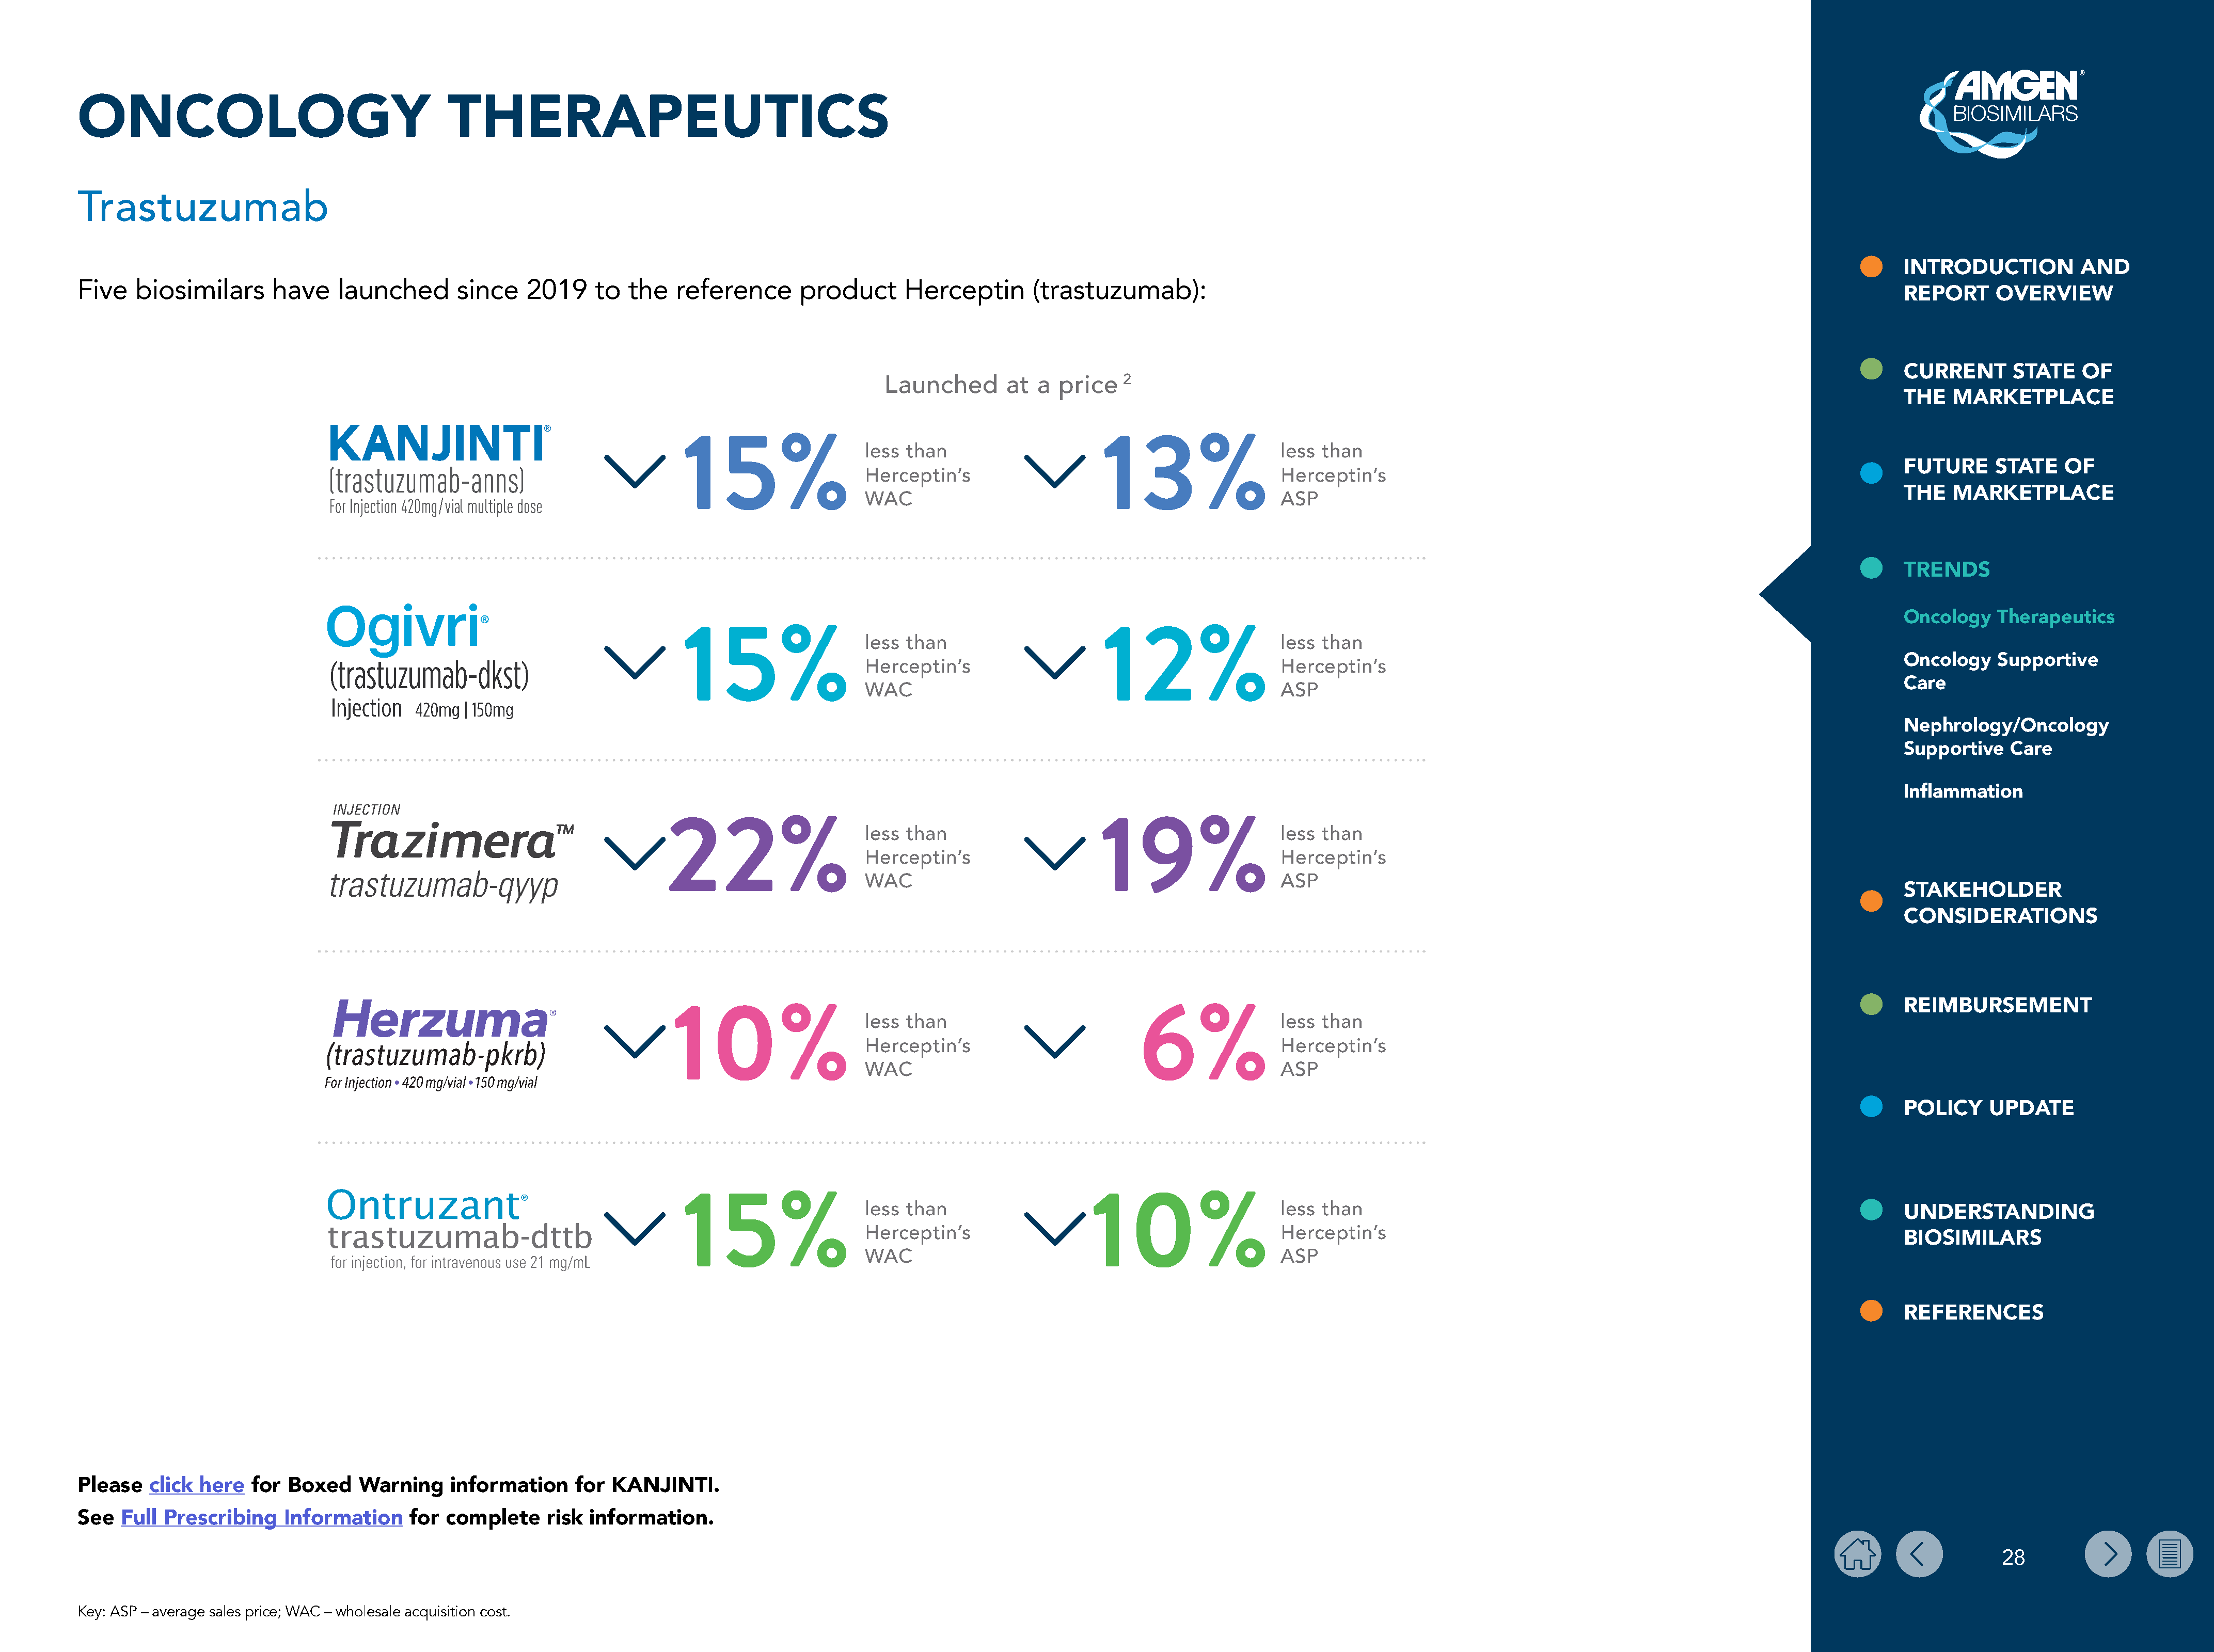
ONCOLOGY                                       THERAPEUTICS
 Trastuzumab
 INTRODUCTION           AND
 Five   biosimilars       have    launched        since   2019     to   the   reference       product      Herceptin       (trastuzumab):
 REPORT      OVERVIEW
 CURRENT       STATE    OF
 Launched        at  a  price   2
 THE   MARKETPLACE
 15%                     less than                     13%                    less than
 FUTURE      STATE    OF
 Herceptin’s                                          Herceptin’s
 THE   MARKETPLACE
 WAC                                                  ASP
 TRENDS
 ®
 ®                                                                                                                                                                                      Oncology    Therapeutics
 15%                     less than                     12%                    less than
 Oncology    Supportive
 Herceptin’s                                          Herceptin’s
 Care
 WAC                                                  ASP
 Nephrology/Oncology
 Supportive    Care
 Inflammation
 22%                       less than                     19%                    less than
 Herceptin’s                                          Herceptin’s
 WAC                                                  ASP
 STAKEHOLDER
 CONSIDERATIONS
 REIMBURSEMENT
 10%                      less than                          6%                less than
 Herceptin’s                                          Herceptin’s
 WAC                                                  ASP
 POLICY     UPDATE
 15%                     less than                    10%                     less than
 UNDERSTANDING
 Herceptin’s                                          Herceptin’s
 BIOSIMILARS
 WAC                                                  ASP
 REFERENCES
 Please   click  here  for  Boxed    Warning     information     for KANJINTI.
 See  Full  Prescribing    Information     for  complete     risk  information.
 28
 Key: ASP – average sales price; WAC – wholesale acquisition cost.